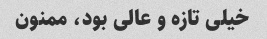
خیلی تازه و عالی بود، ممنون